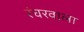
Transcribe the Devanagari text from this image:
रंघरवाला